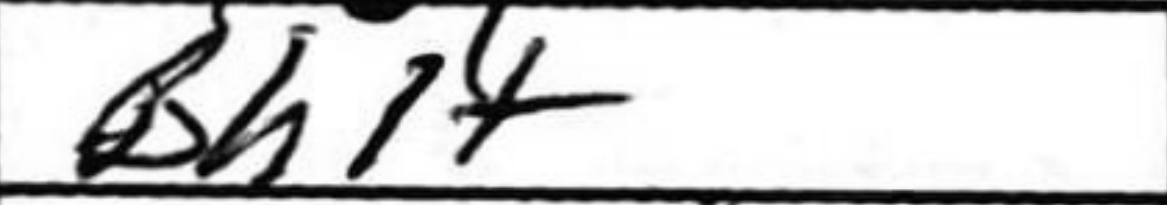
Transcription: Bh1+